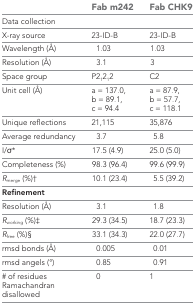
<table><thead><tr><td></td><td><b>Fab m242</b></td><td><b>Fab CHK9</b></td></tr></thead><tbody><tr><td>Data collection</td><td></td><td></td></tr><tr><td>X-ray source</td><td>23-ID-B</td><td>23-ID-B</td></tr><tr><td>Wavelength (Å)</td><td>1.03</td><td>1.03</td></tr><tr><td>Resolution (Å)</td><td>3.1</td><td>3</td></tr><tr><td>Space group</td><td>P2<sub>1</sub>2<sub>1</sub>2</td><td>C2</td></tr><tr><td>Unit cell (Å)</td><td>a = 137.0, b = 89.1, c = 94.4</td><td>a = 87.9, b = 57.7, c = 118.1</td></tr><tr><td>Unique reflections</td><td>21,115</td><td>35,876</td></tr><tr><td>Average redundancy</td><td>3.7</td><td>5.8</td></tr><tr><td>I/σ*</td><td>17.5 (4.9)</td><td>25.0 (5.0)</td></tr><tr><td>Completeness (%)</td><td>98.3 (96.4)</td><td>99.6 (99.9)</td></tr><tr><td><i>R</i><sub>merge</sub> (%)†</td><td>10.1 (23.4)</td><td>5.5 (39.2)</td></tr><tr><td><b>Refinement</b></td><td></td><td></td></tr><tr><td>Resolution (Å)</td><td>3.1</td><td>1.8</td></tr><tr><td><i>R</i><sub>working</sub> (%)‡</td><td>29.3 (34.5)</td><td>18.7 (23.3)</td></tr><tr><td><i>R</i><sub>free</sub> (%)§</td><td>33.1 (34.3)</td><td>22.0 (27.7)</td></tr><tr><td>rmsd bonds (Å)</td><td>0.005</td><td>0.01</td></tr><tr><td>rmsd angels (°)</td><td>0.85</td><td>0.91</td></tr><tr><td># of residues Ramachandran disallowed</td><td>0</td><td>1</td></tr></tbody></table>